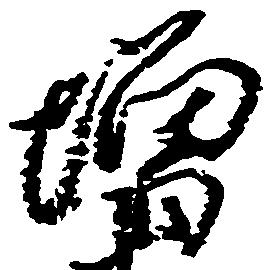
増